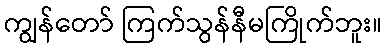
ကျွန်တော် ကြက်သွန်နီမကြိုက်ဘူး။